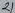
Text: 21